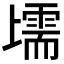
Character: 𱍩